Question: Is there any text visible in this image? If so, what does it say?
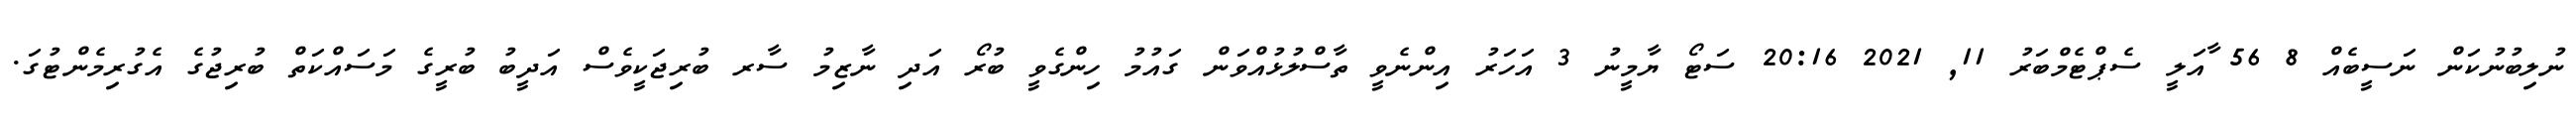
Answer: ނުލިބުނުކަން ނަސީބެއް 8 56 ާއަލީ ސެޕްޓެމްބަރު 11, 2021 20:16 ސަޓޯ ޔާމީނު 3 އަހަރު އިންނެވީ ތާސްލުޅުއްވަން ގައުމު ހިންގެވީ ބުރޯ އަދި ނާޒިމު ސާރ ބުރިޖަކީވެސް އަދީބު ބުރީގެ މަސައްކަތް ބުރިޖުގެ އެގުރިމެންޓުގަ.